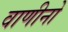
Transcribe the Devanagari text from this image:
वाणीनो